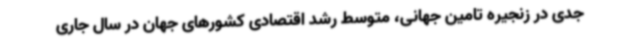
جدی در زنجیره تامین جهانی، متوسط رشد اقتصادی کشورهای جهان در سال جاری